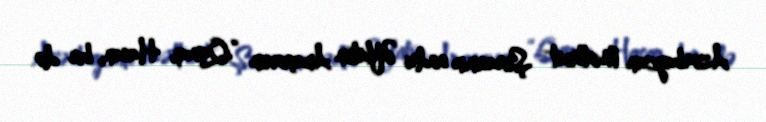
Azərbaycan Mətbuat Şurasının sədri Əflatun Amaşovun “Qanıq, Hasan, bir də